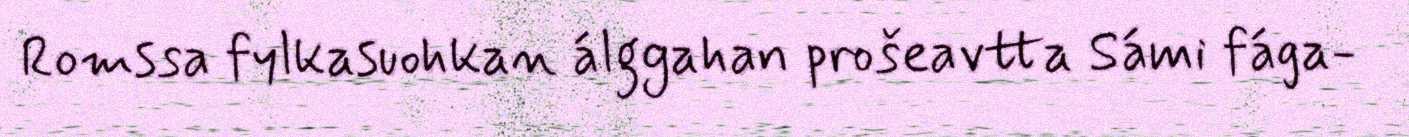
Romssa fylkasuohkan álggahan prošeavtta Sámi fága-